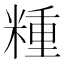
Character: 𥻝